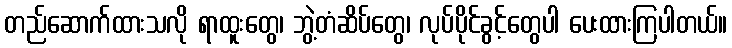
တည်ဆောက်ထားသလို ရာထူးတွေ၊ ဘွဲ့တံဆိပ်တွေ၊ လုပ်ပိုင်ခွင့်တွေပါ ပေးထားကြပါတယ်။